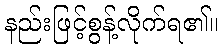
နည်းဖြင့်စွန့်လိုက်ရ၏။